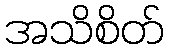
အသိစိတ်